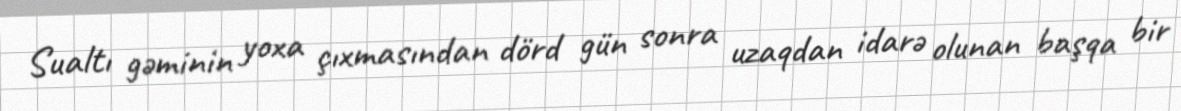
Sualtı gəminin yoxa çıxmasından dörd gün sonra uzaqdan idarə olunan başqa bir